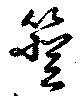
簦